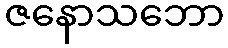
ဇနောသဘော